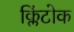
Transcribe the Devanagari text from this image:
क्लिंटोक